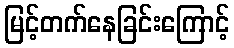
မြင့်တက်နေခြင်းကြောင့်